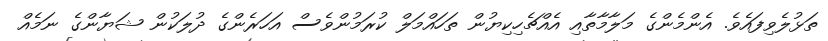
ތަޅުލެވިފައެވެ. އެންމެންގެ މަލާމާތާއި އެއްޗެހިކިޔުން ތަހައްމަލް ކުރަމުންވެސް އަހަރެންގެ ދުލަކުން ޝަޔާންގެ ނަމެއް